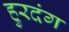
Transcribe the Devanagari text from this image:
हुरदंग